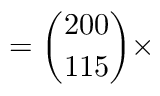
= { \binom { 2 0 0 } { 1 1 5 } } \times